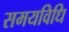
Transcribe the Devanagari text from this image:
समयविधि